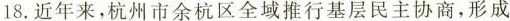
18.近年来，杭州市余杭区全域推行基层民主协商，形成